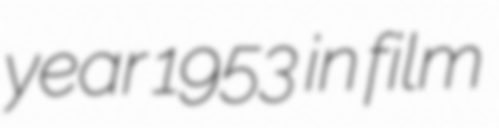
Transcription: year 1953 in film